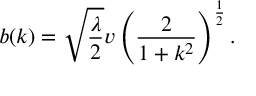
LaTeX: b ( k ) = \sqrt { \frac { \lambda } { 2 } } v \left( \frac { 2 } { 1 + k ^ { 2 } } \right) ^ { \frac { 1 } { 2 } } .